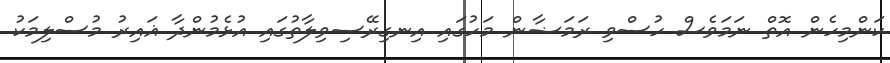
ކަންމިހެން އޮތް ނަމަވެސް ހުސްވި ރަމަޟާން މަހުގައި އިނގިރޭސިވިލާތުގައި އުޅެމުންދާ ޣައިރު މުސްލިމަކު